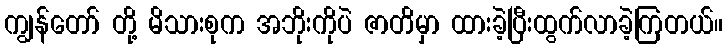
ကျွန်တော် တို့ မိသားစုက အဘိုးကိုပဲ ဇာတိမှာ ထားခဲ့ပြီးထွက်လာခဲ့ကြတယ်။